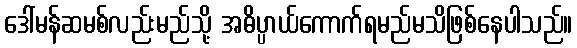
ဒေါ်မန်ဆမစ်လည်းမည်သို့ အဓိပ္ပာယ်ကောက်ရမည်မသိဖြစ်နေပါသည်။